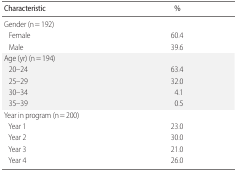
<table><thead><tr><td><b>Characteristic</b></td><td><b>%</b></td></tr></thead><tbody><tr><td>Gender (n = 192)</td><td></td></tr><tr><td> Female</td><td>60.4</td></tr><tr><td> Male</td><td>39.6</td></tr><tr><td>Age (yr) (n = 194)</td><td></td></tr><tr><td> 20–24</td><td>63.4</td></tr><tr><td> 25–29</td><td>32.0</td></tr><tr><td> 30–34</td><td>4.1</td></tr><tr><td> 35–39</td><td>0.5</td></tr><tr><td>Year in program (n = 200)</td><td></td></tr><tr><td> Year 1</td><td>23.0</td></tr><tr><td> Year 2</td><td>30.0</td></tr><tr><td> Year 3</td><td>21.0</td></tr><tr><td> Year 4</td><td>26.0</td></tr></tbody></table>